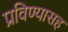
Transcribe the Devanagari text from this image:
प्रविण्यासह